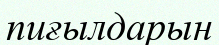
пиғылдарын